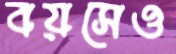
বয়সেও